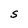
Character: S